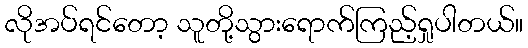
လိုအပ်ရင်တော့ သူတို့သွားရောက်ကြည့်ရှုပါတယ်။